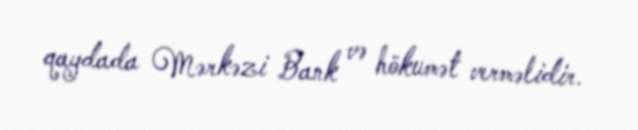
qaydada Mərkəzi Bank və hökumət verməlidir.